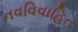
નવવિવાહિત